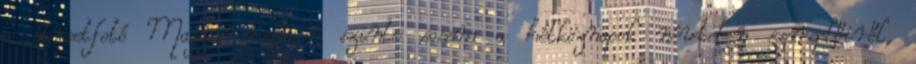
a streetfotó Magyarországon szinte sosem a hétköznapok névtelen szereplőiről,